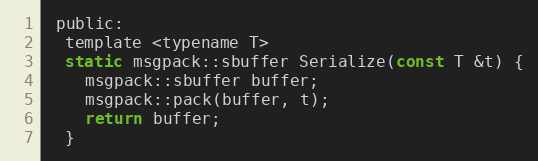
Language: C
 public:
  template <typename T>
  static msgpack::sbuffer Serialize(const T &t) {
    msgpack::sbuffer buffer;
    msgpack::pack(buffer, t);
    return buffer;
  }